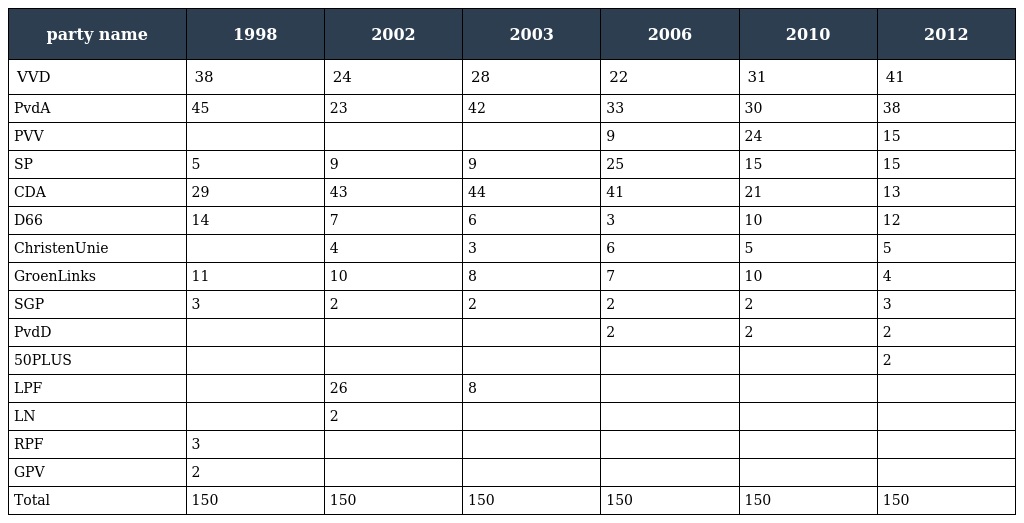
| party name | 1998 | 2002 | 2003 | 2006 | 2010 | 2012 |
 | --- | --- | --- | --- | --- | --- | --- |
 | VVD | 38 | 24 | 28 | 22 | 31 | 41 |
 | PvdA | 45 | 23 | 42 | 33 | 30 | 38 |
 | PVV |  |  |  | 9 | 24 | 15 |
 | SP | 5 | 9 | 9 | 25 | 15 | 15 |
 | CDA | 29 | 43 | 44 | 41 | 21 | 13 |
 | D66 | 14 | 7 | 6 | 3 | 10 | 12 |
 | ChristenUnie |  | 4 | 3 | 6 | 5 | 5 |
 | GroenLinks | 11 | 10 | 8 | 7 | 10 | 4 |
 | SGP | 3 | 2 | 2 | 2 | 2 | 3 |
 | PvdD |  |  |  | 2 | 2 | 2 |
 | 50PLUS |  |  |  |  |  | 2 |
 | LPF |  | 26 | 8 |  |  |  |
 | LN |  | 2 |  |  |  |  |
 | RPF | 3 |  |  |  |  |  |
 | GPV | 2 |  |  |  |  |  |
 | Total | 150 | 150 | 150 | 150 | 150 | 150 |